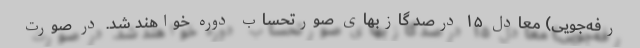
رفه‌جویی) معادل ۱۵ درصد گازبهای صورتحساب دوره خواهند شد. در صورت